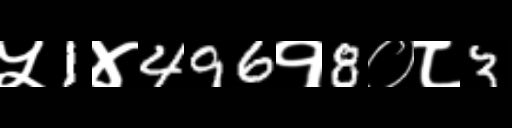
Text: ५1४496१8०८3